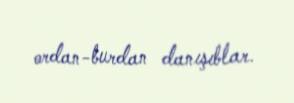
ordan-burdan danışıblar.